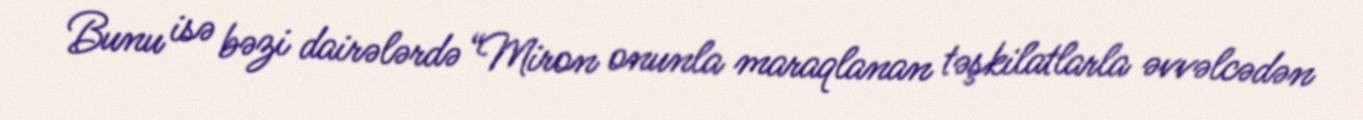
Bunu isə bəzi dairələrdə “Miron onunla maraqlanan təşkilatlarla əvvəlcədən